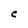
Character: C